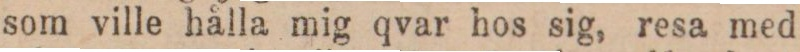
som ville hålla mig qvar hos sig, resa med